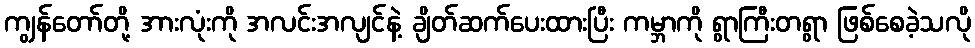
ကျွန်တော်တို့ အားလုံးကို အလင်းအလျင်နဲ့ ချိတ်ဆက်ပေးထားပြီး ကမ္ဘာကို ရွာကြီးတရွာ ဖြစ်စေခဲ့သလို